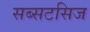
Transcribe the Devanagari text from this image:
सब्सटसिज